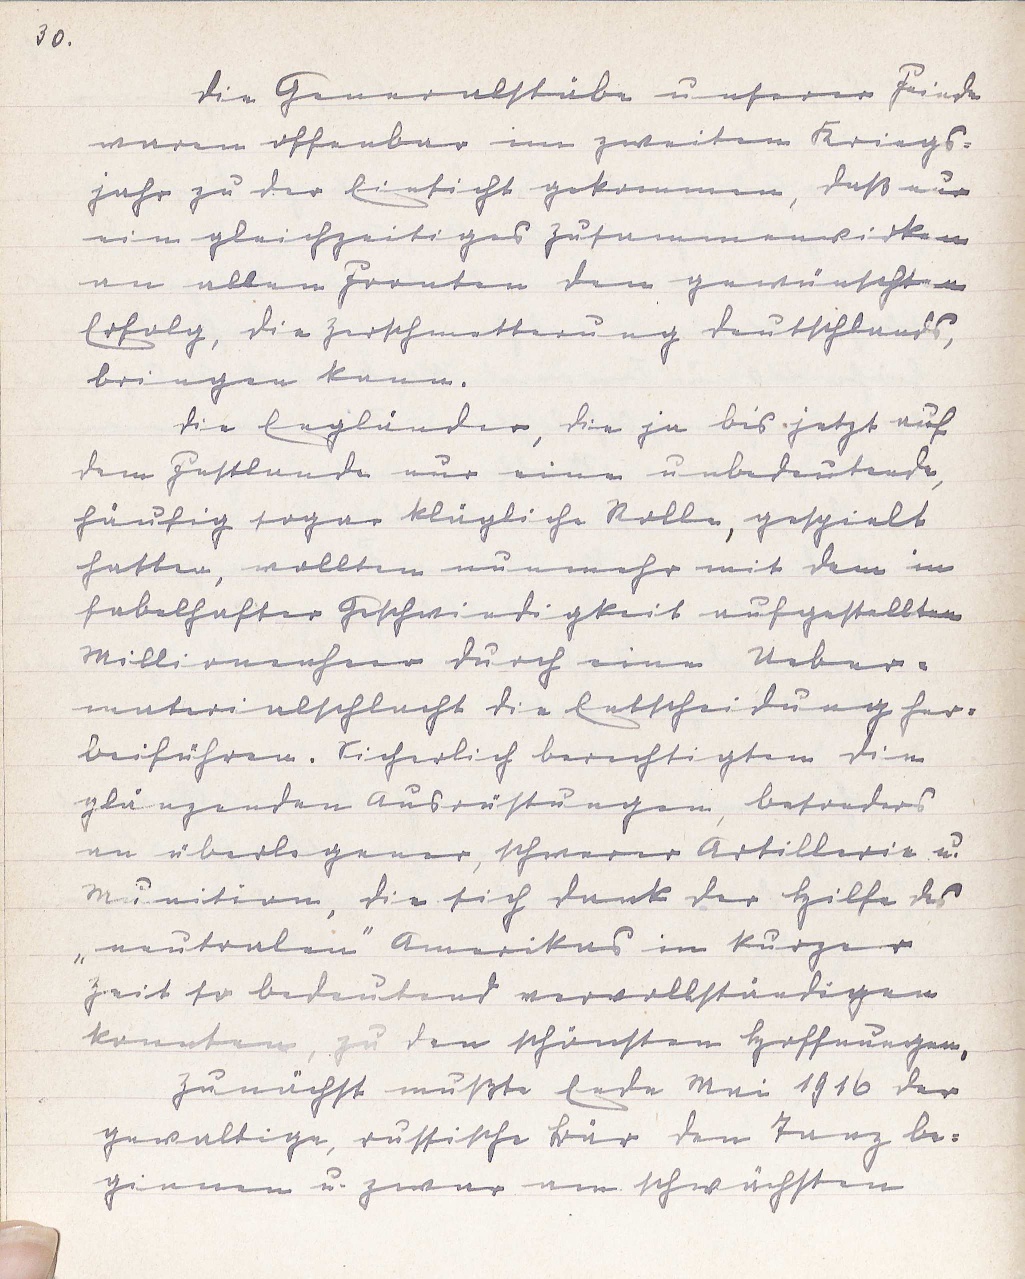
30.

Die Generalstäbe unserer Feinde
waren offenbar im zweiten Kriegs¬
jahr zu der Einsicht gekommen, daß nur
ein gleichzeitiges Zusammenwirken
an allen Fronten den gewünschten
Erfolg, die Zerschmetterung Deutschlands,
bringen kann.
Die Engländer, die ja bis jetzt auf
dem Festlande nur eine unbedeutende,
häufig sogar klägliche Rolle, gespielt
hatten, wollten nun mehr mit dem in
fabelhafter Geschwindigkeit aufgestellten
Millionenheer durch eine Ueber¬
materialschlacht die Entscheidung her¬
beiführen. Sicherlich berechtigten die
glänzenden Ausrüstungen, besonders
an überlegener, schwerer Artillerie u.
Munition, die sich dank der Hilfe des
"neutralen" Amerikas in kurzer
Zeit so bedeutend vervollständigen
konnten, zu den schönsten Hoffnungen.
Zunächst mußte Ende Mai 1916 der
gewaltige, russische Bär den Tanz be¬
ginnen u. zwar am schwächsten